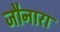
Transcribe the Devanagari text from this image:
जौनारा